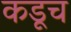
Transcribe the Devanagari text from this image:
कडूच